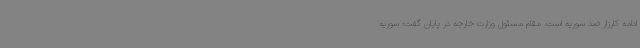
ادامه کارزار ضد سوریه است. مقام مسئول وزارت خارجه در پایان گفت: سوریه